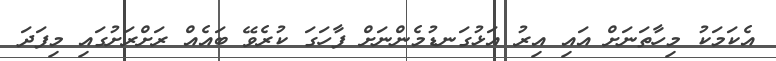
އެކަމަކު މިހާތަނަށް އައި އިރު އަޅުގަނޑުމެންނަށް ފާހަގަ ކުރެވޭ ބައެއް ރަށްރަށުގައި މިފަދަ